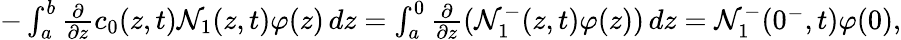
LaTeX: \begin{array}{r}{-\int_{a}^{b}\frac{\partial}{\partial z}c_{0}(z,t)\mathcal{N}_{1}(z,t)\varphi(z)\, dz=\int_{a}^{0}\frac{\partial}{\partial z}(\mathcal{N}_{1}^{-}(z,t)\varphi(z))\, dz=\mathcal{N}_{1}^{-}(0^{-},t)\varphi(0),}\end{array}